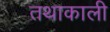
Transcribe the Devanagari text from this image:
तथाकाली